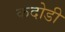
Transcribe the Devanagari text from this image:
कदोडी